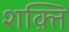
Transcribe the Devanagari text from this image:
शक़्ति